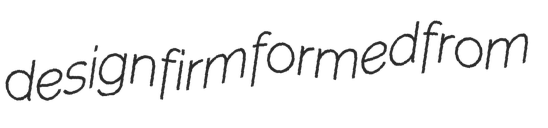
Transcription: design firm formed from